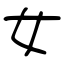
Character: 女